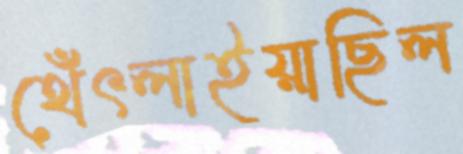
থেঁৎলাইয়াছিল